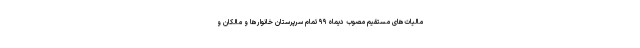
مالیات‌های مستقیم مصوب دیماه ۹۹ تمام سرپرستان خانوارها و مالکان و